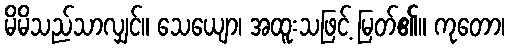
မိမိသည်သာလျှင်။ သေယျော၊ အထူးသဖြင့် မြတ်၏။ ကုတော၊